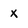
Character: X